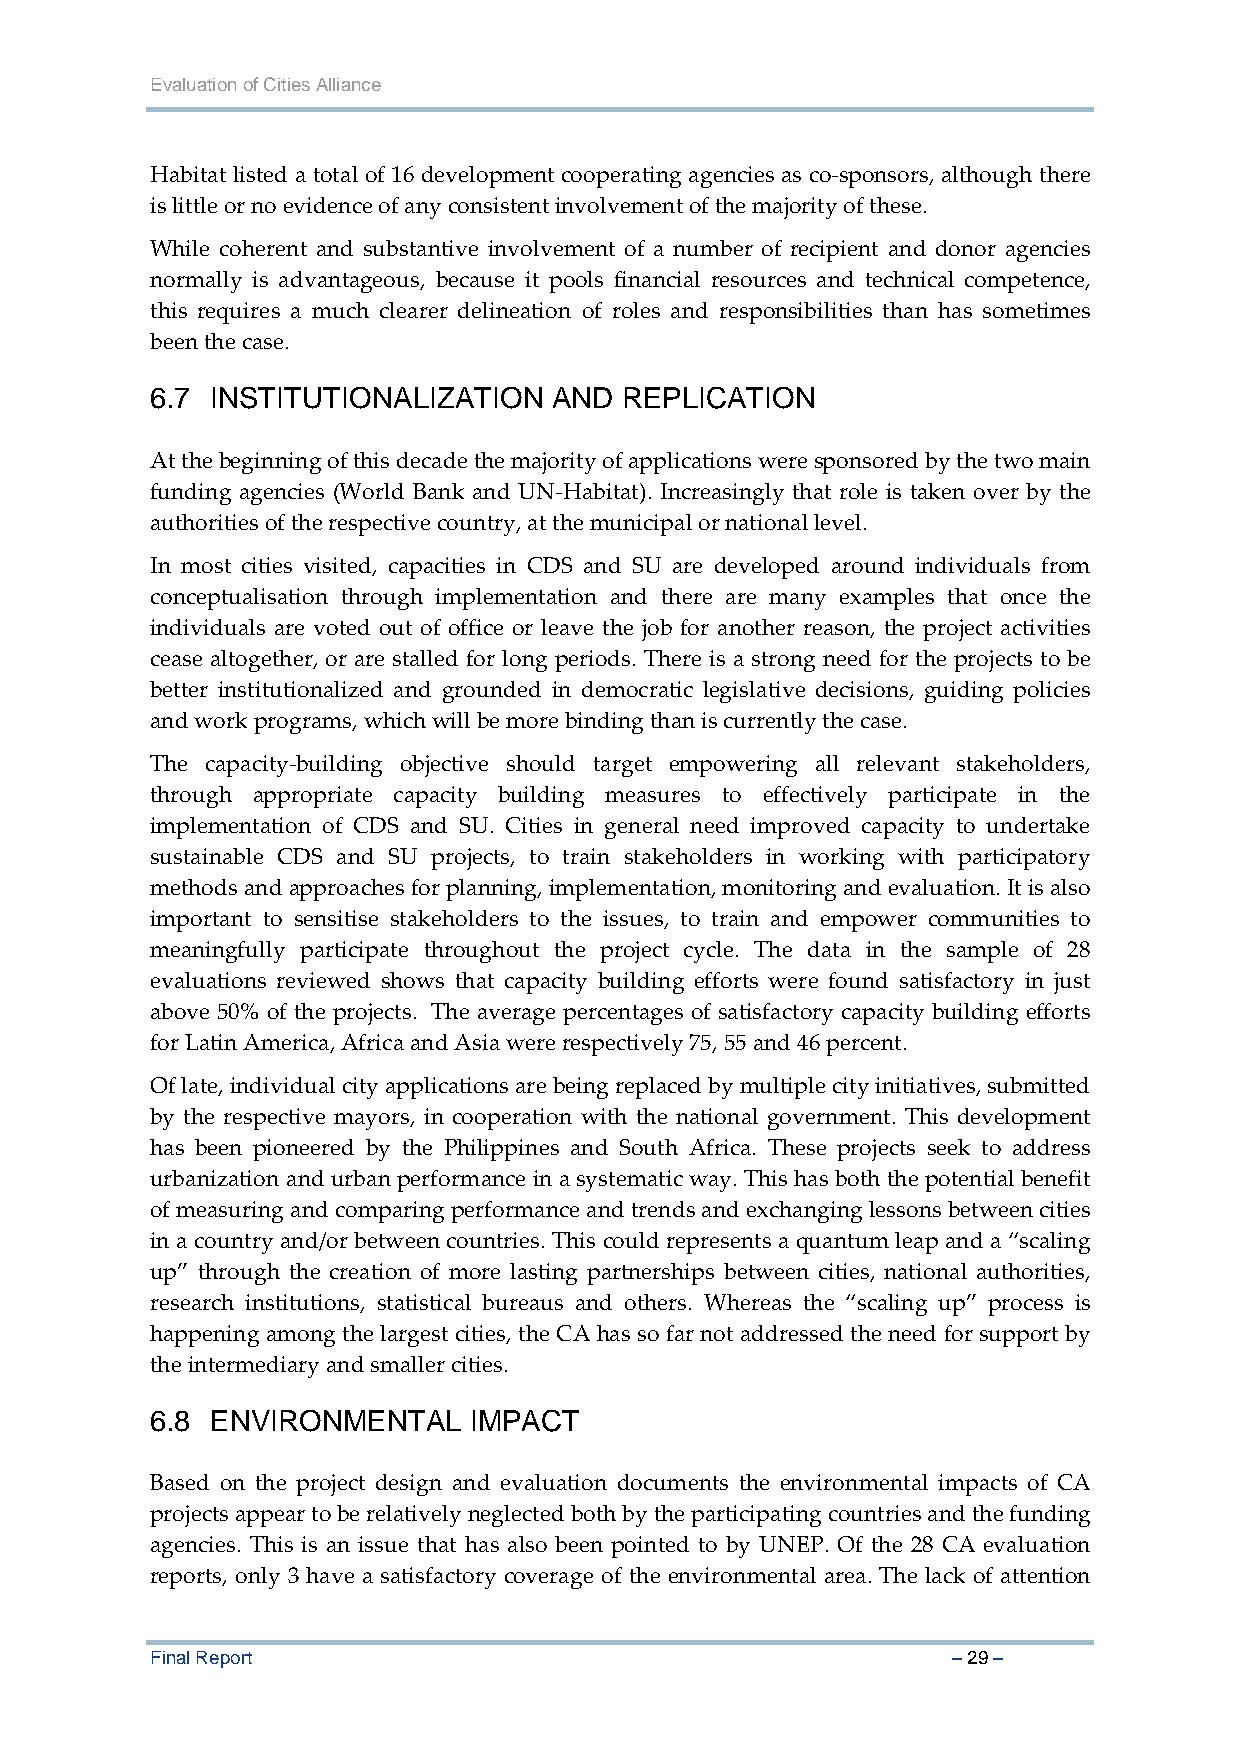
Evaluation of Cities Alliance
 Habitat listed a total of 16 development cooperating agencies as co‐sponsors, although there
 is little or no evidence of any consistent involvement of the majority of these.
 While coherent and substantive involvement of a number of recipient and donor agencies
 normally is advantageous, because it pools financial resources and technical competence,
 this requires a much clearer delineation of roles and responsibilities than has sometimes
 been the case.
 6.7 INSTITUTIONALIZATION   AND REPLICATION
 At the beginning of this decade the majority of applications were sponsored by the two main
 funding agencies (World Bank and UN‐Habitat). Increasingly that role is taken over by the
 authorities of the respective country, at the municipal or national level.
 In most cities visited, capacities in CDS and SU are developed around individuals from
 conceptualisation through implementation and there are many examples that once the
 individuals are voted out of office or leave the job for another reason, the project activities
 cease altogether, or are stalled for long periods. There is a strong need for the projects to be
 better institutionalized and grounded in democratic legislative decisions, guiding policies
 and work programs, which will be more binding than is currently the case.
 The capacity‐building objective should target empowering all relevant stakeholders,
 through appropriate capacity building measures to effectively participate in the
 implementation of CDS and SU. Cities in general need improved capacity to undertake
 sustainable CDS and SU projects, to train stakeholders in working with participatory
 methods and approaches for planning, implementation, monitoring and evaluation. It is also
 important to sensitise stakeholders to the issues, to train and empower communities to
 meaningfully participate throughout the project cycle. The data in the sample of 28
 evaluations reviewed shows that capacity building efforts were found satisfactory in just
 above 50% of the projects. The average percentages of satisfactory capacity building efforts
 for Latin America, Africa and Asia were respectively 75, 55 and 46 percent.
 Of late, individual city applications are being replaced by multiple city initiatives, submitted
 by the respective mayors, in cooperation with the national government. This development
 has been pioneered by the Philippines and South Africa. These projects seek to address
 urbanization and urban performance in a systematic way. This has both the potential benefit
 of measuring and comparing performance and trends and exchanging lessons between cities
 in a country and/or between countries. This could represents a quantum leap and a “scaling
 up” through the creation of more lasting partnerships between cities, national authorities,
 research institutions, statistical bureaus and others. Whereas the “scaling up” process is
 happening among the largest cities, the CA has so far not addressed the need for support by
 the intermediary and smaller cities.
 6.8 ENVIRONMENTAL    IMPACT
 Based on the project design and evaluation documents the environmental impacts of CA
 projects appear to be relatively neglected both by the participating countries and the funding
 agencies. This is an issue that has also been pointed to by UNEP. Of the 28 CA evaluation
 reports, only 3 have a satisfactory coverage of the environmental area. The lack of attention
 Final Report                                         – 29 –